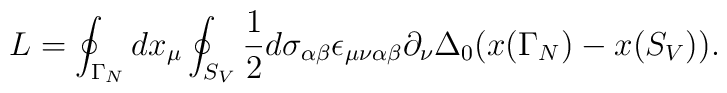
L=\oint_{\Gamma_N}dx_{\mu}\oint_{S_V}\frac{1}{2}d\sigma_{\alpha\beta}\epsilon_{\mu\nu\alpha\beta}\partial_{\nu}\Delta_0(x(\Gamma_N)-x(S_V)).